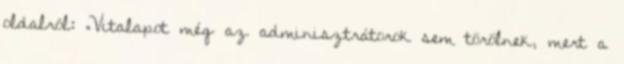
oldalról: „Vitalapot még az adminisztrátorok sem törölnek, mert a